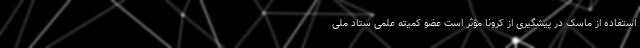
استفاده از ماسک در پیشگیری از کرونا موثر است عضو کمیته علمی ستاد ملی